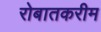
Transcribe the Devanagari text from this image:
रोबातकरीम